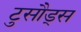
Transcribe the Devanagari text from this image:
टुसौड्स